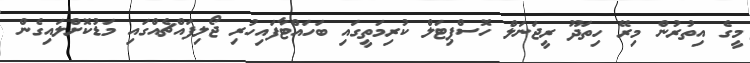
މީގެ އިތުރުން މިރޭ ހިތަދޫ ރީޖަނަލް ހޮސްޕިޓަލް ކުރިމަތީގައި ބަހައްޓާފައިހުރި ޖޯލިފައްޗެއްގައި މަޑުކޮށްލައިގެން